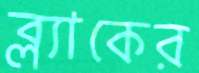
ব্ল্যাকের